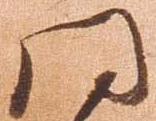
同